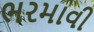
ભરમાવી